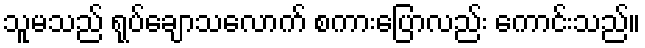
သူမသည် ရုပ်ချောသလောက် စကားပြောလည်း ကောင်းသည်။